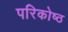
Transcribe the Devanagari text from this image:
परिकोष्‍ठ